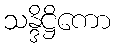
သန္ဒိဋ္ဌိကော